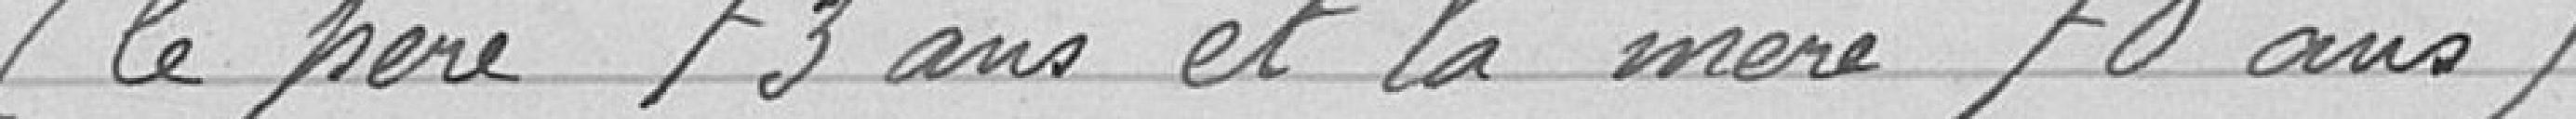
(le père 73 ans et la mère 70 ans)